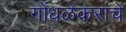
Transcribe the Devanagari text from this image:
गोंधळेकरांचे